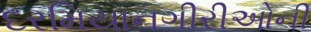
દરમિયાનગીરીઓની